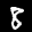
Digit: 8